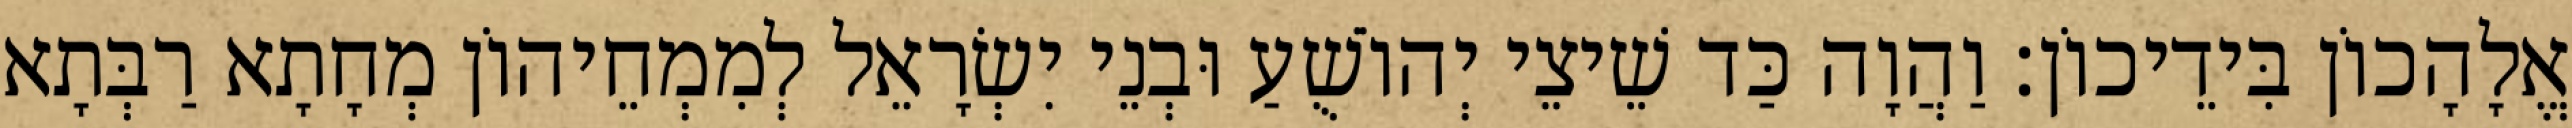
אֱלָהָכוֹן בִּידֵיכוֹן׃ וַהֲוָה כַּד שֵׁיצֵי יְהוֹשֻׁעַ וּבְנֵי יִשְׂרָאֵל לְמִמְחֵיהוֹן מְחָתָא רַבְּתָא